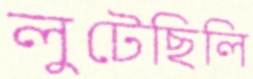
লুটেছিলি